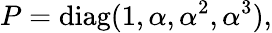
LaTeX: P=\mathrm{diag}(1,\alpha,\alpha^{2},\alpha^{3}),